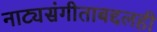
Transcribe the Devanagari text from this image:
नाट्यसंगीताबद्दलही